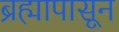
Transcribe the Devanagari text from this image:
ब्रह्मापासून